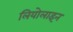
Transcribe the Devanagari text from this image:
लियोलाइन